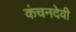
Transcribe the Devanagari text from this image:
कंचनदेवी